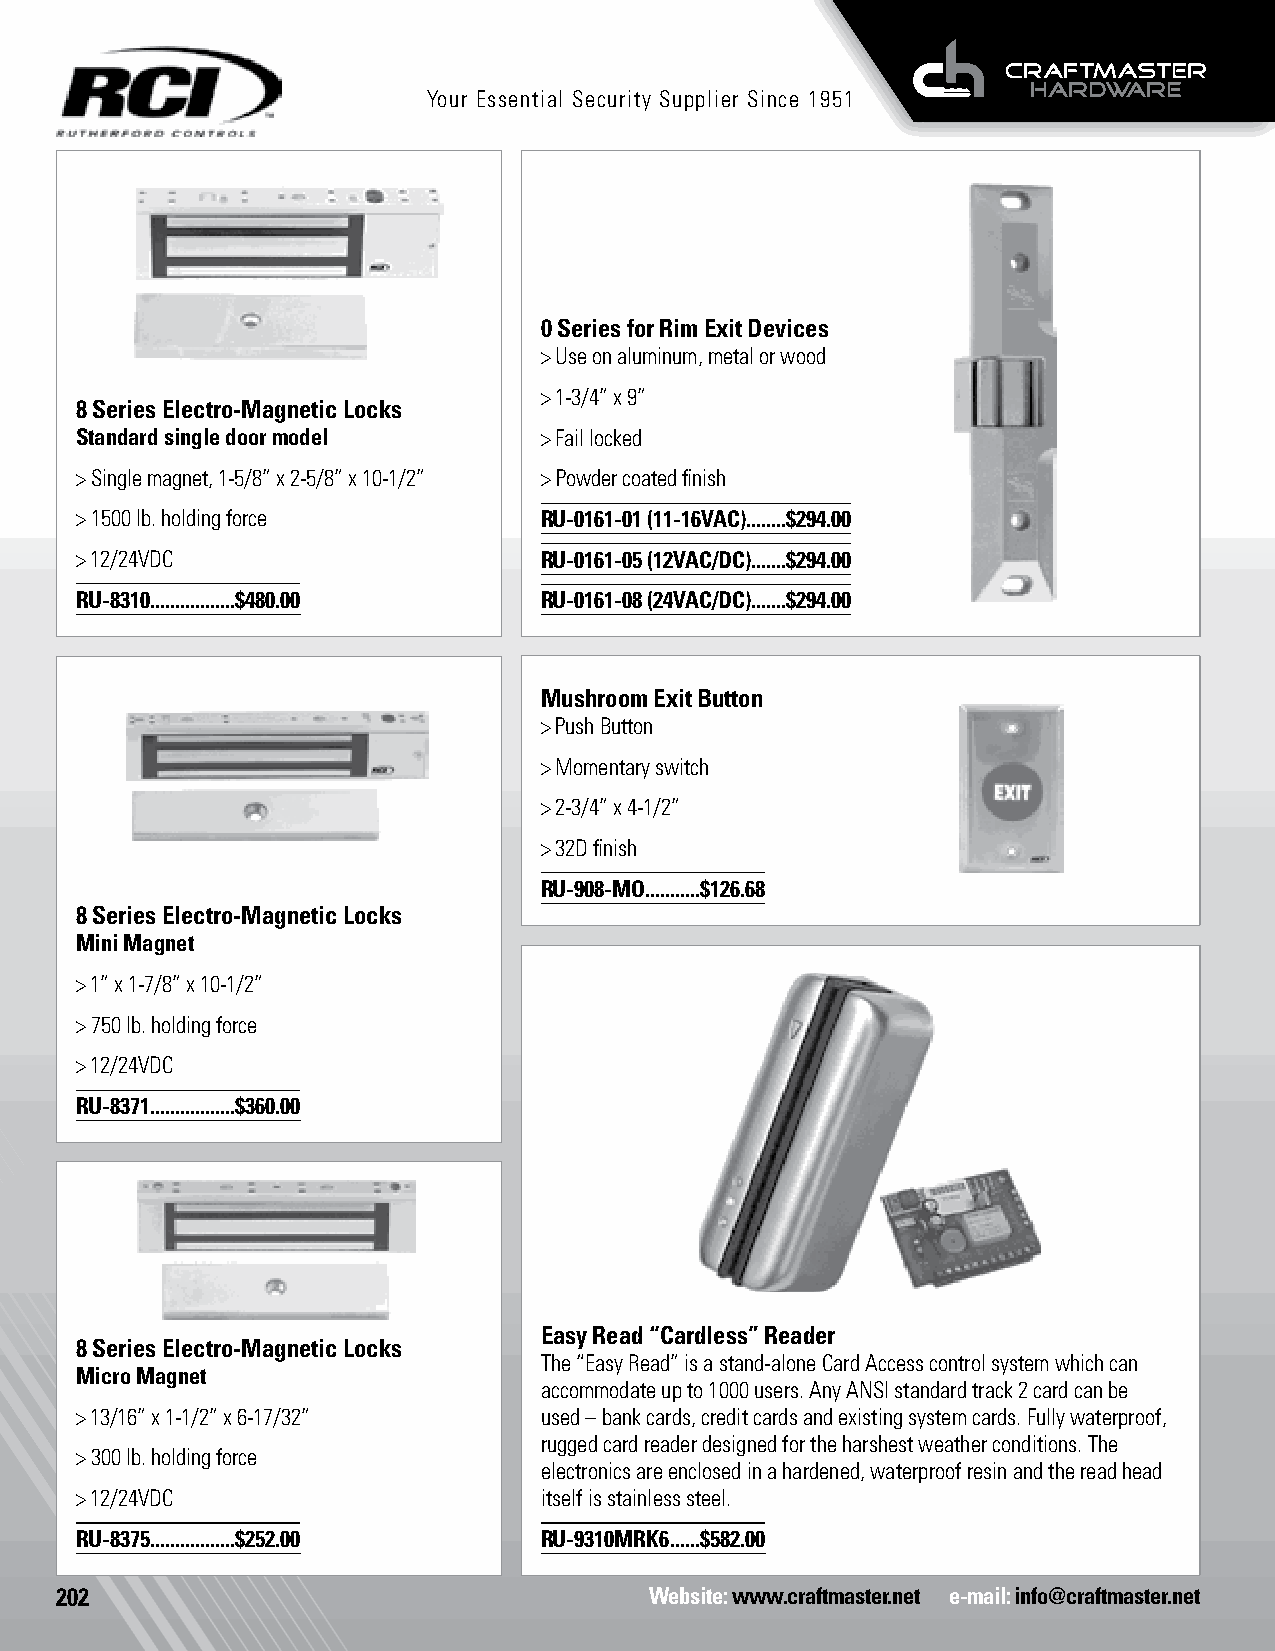
Your Essential Security Supplier Since 1951
 0 Series for Rim Exit Devices
 > Use on aluminum, metal or wood
 > 1-3/4” x 9”
 8 Series Electro-Magnetic Locks
 Standard single door model     > Fail locked
 > Single magnet, 1-5/8” x 2-5/8” x 10-1/2” > Powder coated finish
 > 1500 lb. holding force       RU-0161-01 (11-16VAC)........$294.00
 > 12/24VDC                     RU-0161-05 (12VAC/DC).......$294.00
 RU-8310 .................$480.00 RU-0161-08 (24VAC/DC).......$294.00
 Mushroom Exit Button
 > Push Button
 > Momentary switch
 > 2-3/4” x 4-1/2”
 > 32D finish
 RU-908-MO...........$126.68
 8 Series Electro-Magnetic Locks
 Mini Magnet
 > 1” x 1-7/8” x 10-1/2”
 > 750 lb. holding force
 > 12/24VDC
 RU-8371 .................$360.00
 Easy Read “Cardless” Reader
 8 Series Electro-Magnetic Locks
 The “Easy Read” is a stand-alone Card Access control system which can
 Micro Magnet
 accommodate up to 1000 users. Any ANSI standard track 2 card can be
 > 13/16” x 1-1/2” x 6-17/32”   used – bank cards, credit cards and existing system cards. Fully waterproof,
 rugged card reader designed for the harshest weather conditions. The
 > 300 lb. holding force
 electronics are enclosed in a hardened, waterproof resin and the read head
 > 12/24VDC                     itself is stainless steel.
 RU-8375 .................$252.00 RU-9310MRK6 ......$582.00
 202                                    Website: www.craftmaster.net e-mail: info@craftmaster.net